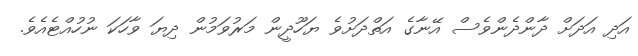
އަދި އަދަށް ދާންދެންވެސް އޭނާގެ އަތްދަށުވެ ޔަހޫދީން މަރުވަމުން ދިޔަ ވާހަކަ ނުހުއްޓެއެވެ.